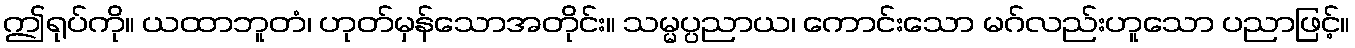
ဤရုပ်ကို။ ယထာဘူတံ၊ ဟုတ်မှန်သောအတိုင်း။ သမ္မပ္ပညာယ၊ ကောင်းသော မဂ်လည်းဟူသော ပညာဖြင့်။